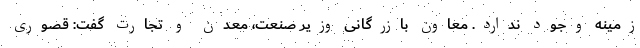
زمینه وجود ندارد. معاون بازرگانی وزیر صنعت، معدن و تجارت گفت: قصوری